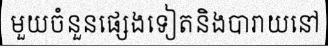
មួយចំនួនផ្សេងទៀតនិងបារាយនៅ